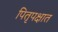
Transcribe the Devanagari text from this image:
पितृपक्षात